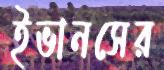
ইভানসের